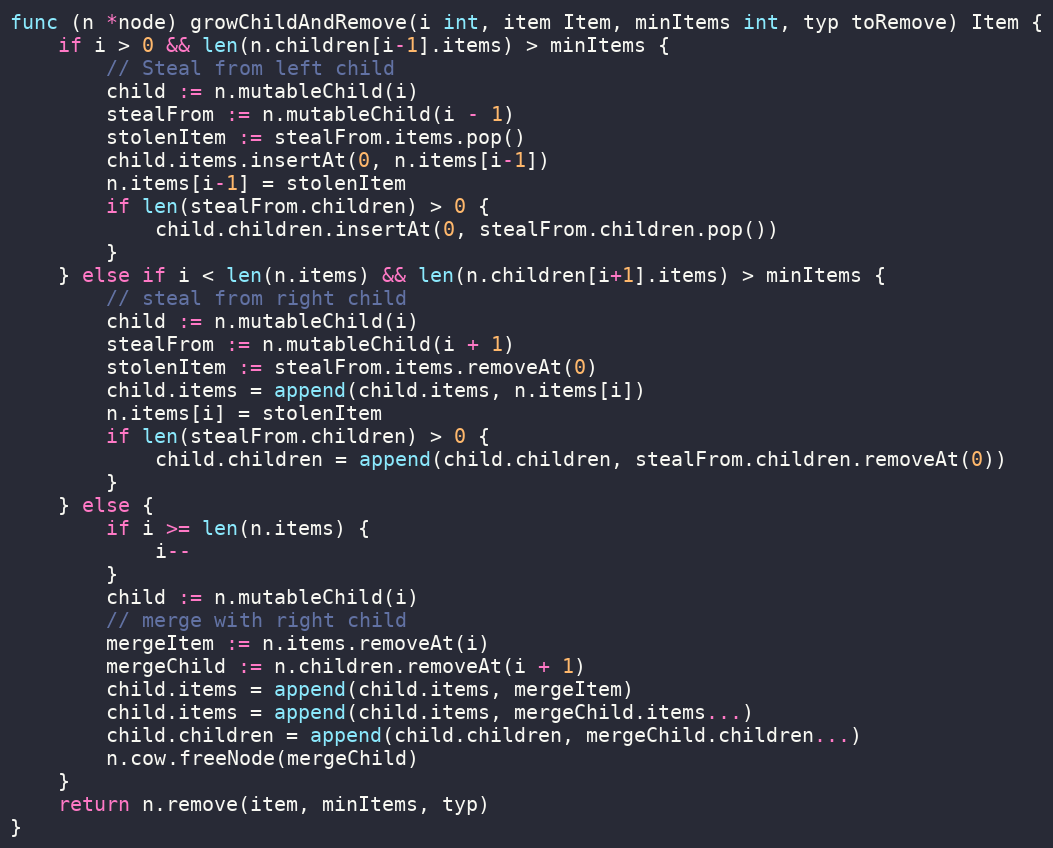
Language: Go
func (n *node) growChildAndRemove(i int, item Item, minItems int, typ toRemove) Item {
	if i > 0 && len(n.children[i-1].items) > minItems {
		// Steal from left child
		child := n.mutableChild(i)
		stealFrom := n.mutableChild(i - 1)
		stolenItem := stealFrom.items.pop()
		child.items.insertAt(0, n.items[i-1])
		n.items[i-1] = stolenItem
		if len(stealFrom.children) > 0 {
			child.children.insertAt(0, stealFrom.children.pop())
		}
	} else if i < len(n.items) && len(n.children[i+1].items) > minItems {
		// steal from right child
		child := n.mutableChild(i)
		stealFrom := n.mutableChild(i + 1)
		stolenItem := stealFrom.items.removeAt(0)
		child.items = append(child.items, n.items[i])
		n.items[i] = stolenItem
		if len(stealFrom.children) > 0 {
			child.children = append(child.children, stealFrom.children.removeAt(0))
		}
	} else {
		if i >= len(n.items) {
			i--
		}
		child := n.mutableChild(i)
		// merge with right child
		mergeItem := n.items.removeAt(i)
		mergeChild := n.children.removeAt(i + 1)
		child.items = append(child.items, mergeItem)
		child.items = append(child.items, mergeChild.items...)
		child.children = append(child.children, mergeChild.children...)
		n.cow.freeNode(mergeChild)
	}
	return n.remove(item, minItems, typ)
}